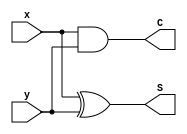
module half_adder(S,C,x,y);
	output S,C;
	input x,y;
	
	xor(S,x,y);
	and(C,x,y);
endmodule

module full_adder(S,C,x,y,z);
	output S,C;
	input x,y,z;
	
	wire S1,C1,C2;
	half_adder add1(S1,C1,x,y);
	half_adder add2(S,C2,S1,z);
	assign C=C1||C2;
endmodule

module addsub(
	input [3:0] A,B,
	input M,
	output [3:0]S,
	output C,V
	);
	
	wire C1,C2,C3;
	wire XOR1,XOR2,XOR3,XOR4;
	
	xor G1(XOR1,M,B[0]);
	xor G2(XOR2,M,B[1]);
	xor G3(XOR3,M,B[2]);
	xor G4(XOR4,M,B[3]);
	xor G5(V,C3,C);
	
	full_adder
		FA0(S[0],C1,A[0],XOR1,M),
		FA1(S[1],C2,A[1],XOR2,C1),
		FA2(S[2],C3,A[2],XOR3,C2),
		FA3(S[3],C,A[3],XOR4,C3);
endmodule